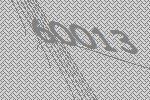
60013